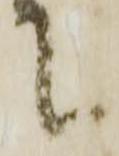
て